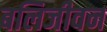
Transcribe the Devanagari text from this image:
बलिजीवन